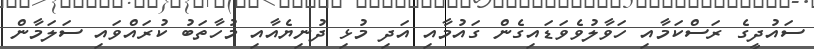
ސައުދީގެ ރަސްކަމާއި ހަވާލުވެވަޑައިގެން ގައުމާއި އަދި މުޅި ދުނިޔެއާއި މުހާތަބު ކުރައްވައި ސަލަމާން